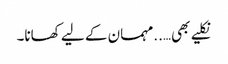
نکلیے بھی…..مہمان کے لیے کھانا۔